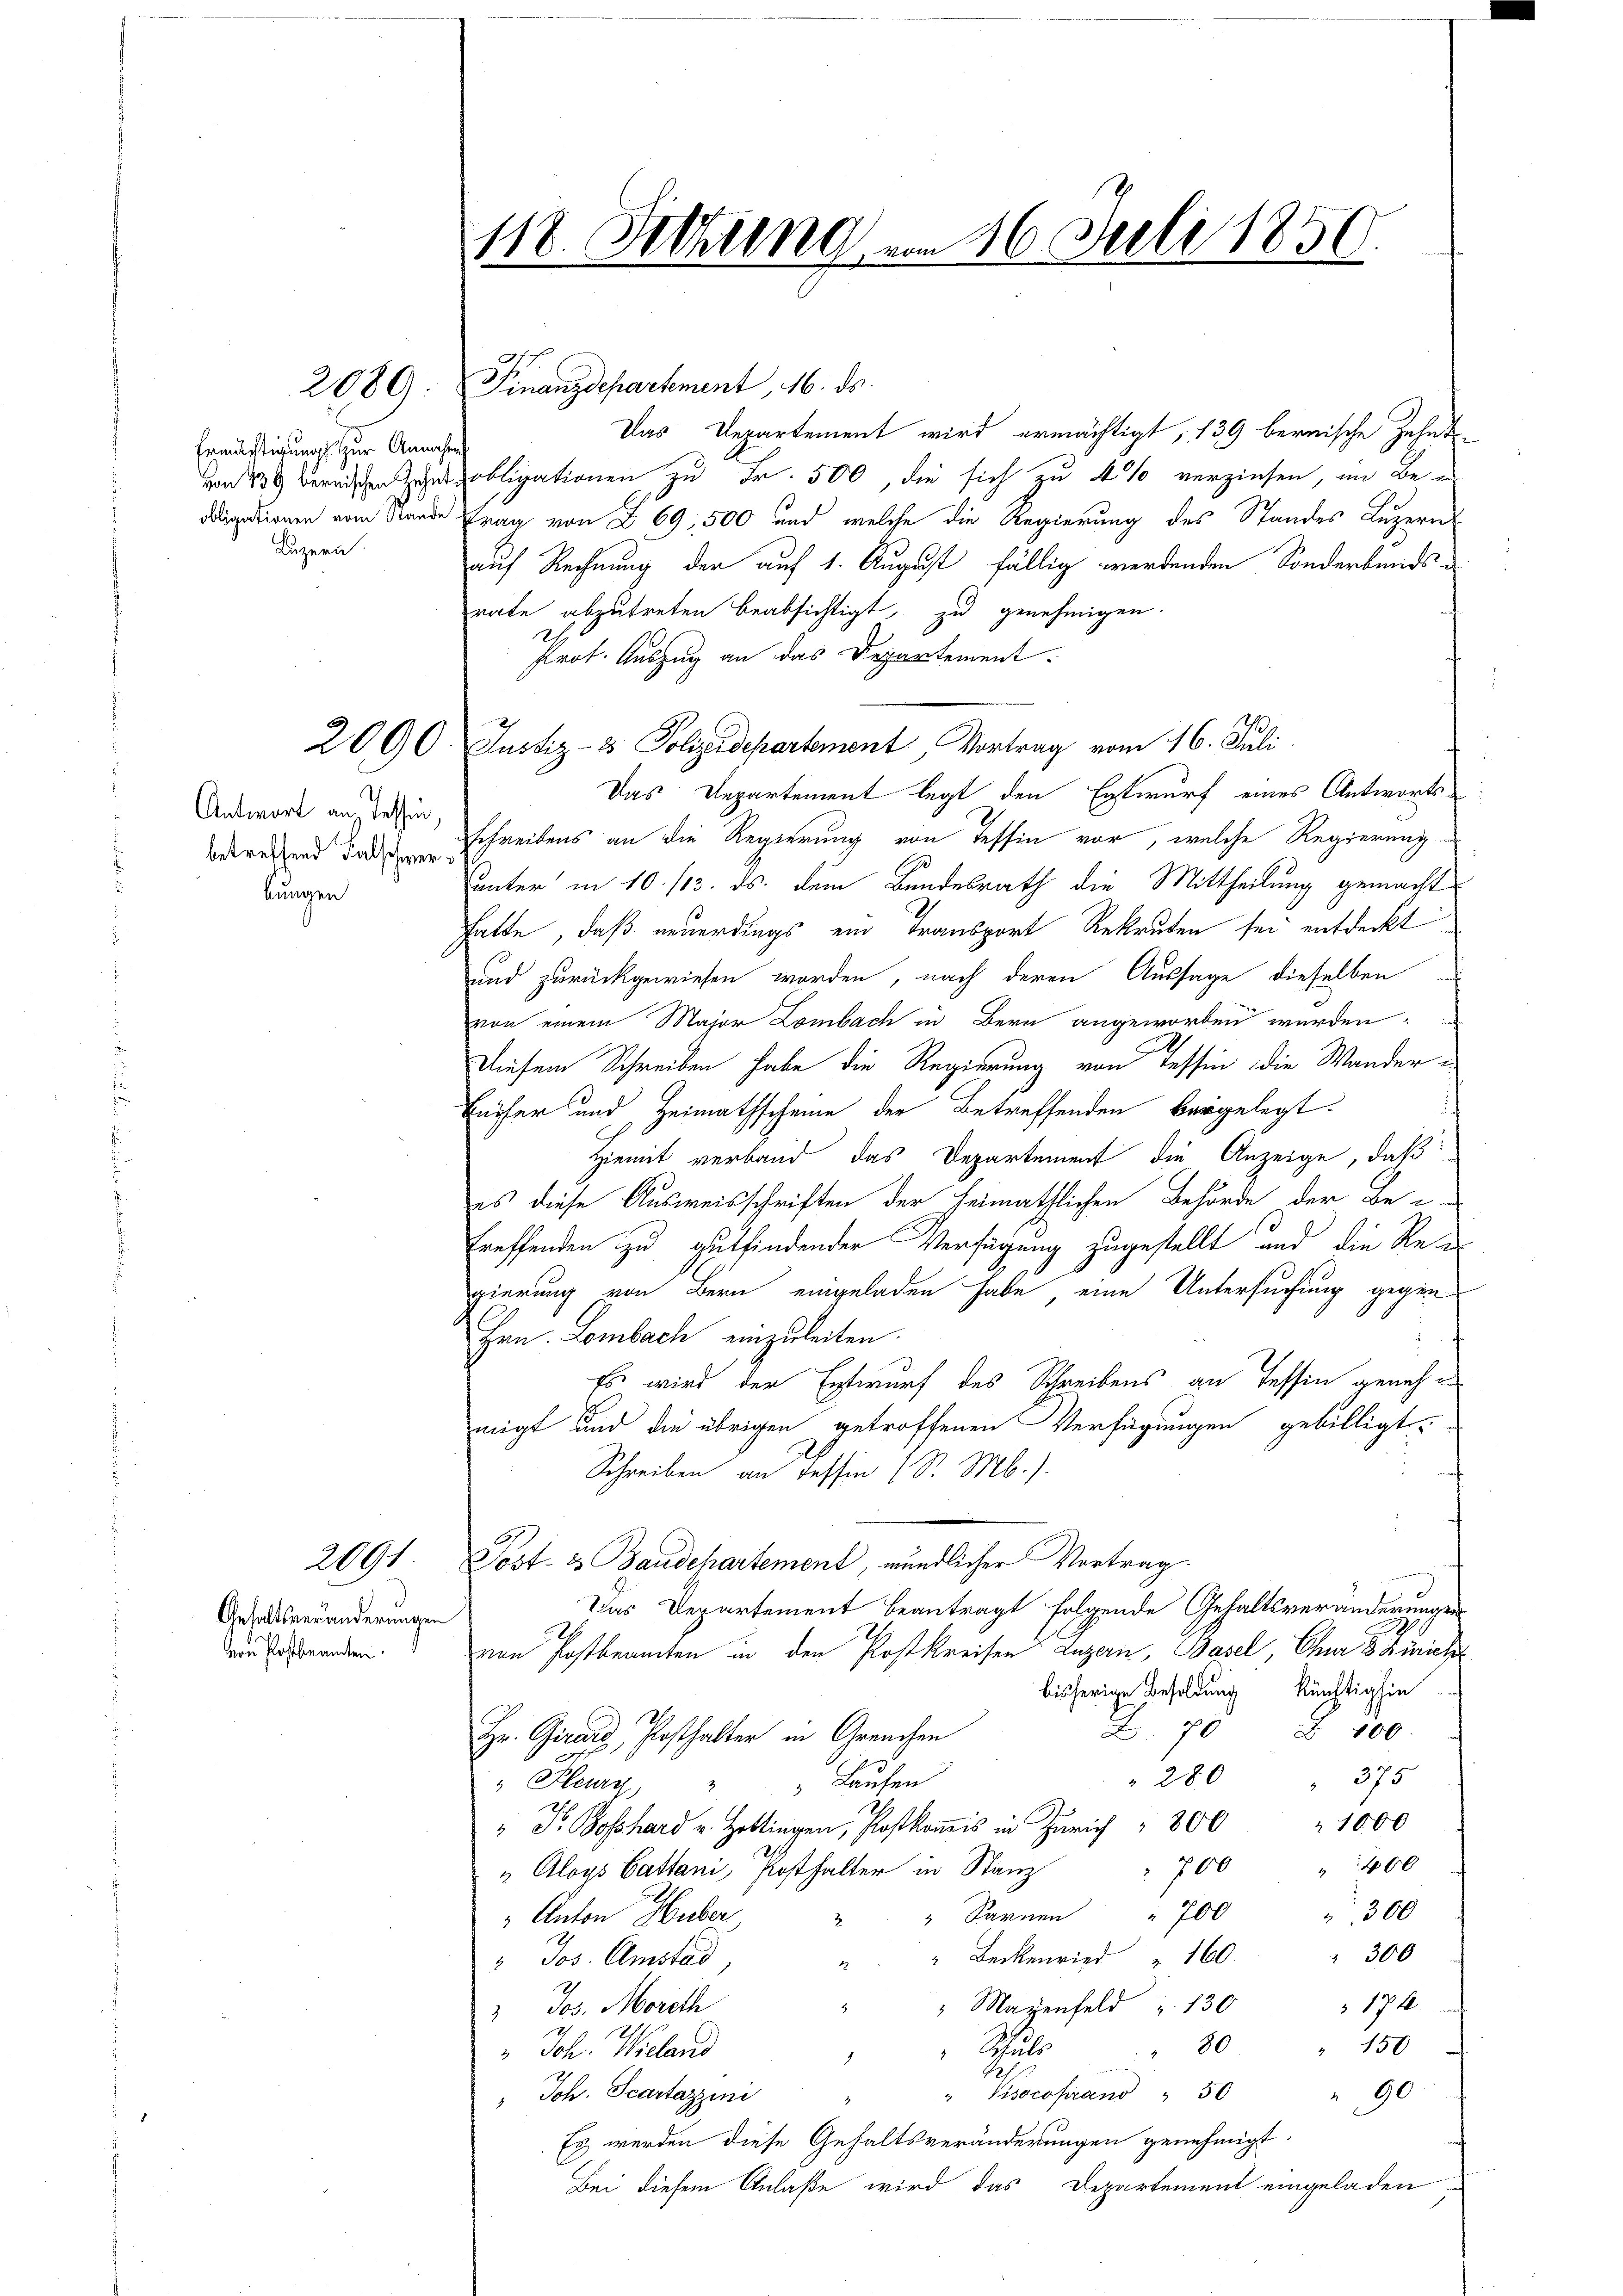
2089

Antwort aus Tessin,
betreffend Falschwer
kungen

2091

118. Setzung vom 16. Juli 1850.

Ermächtigung zur Annahe
Luzern.

Gehaltsveränderungen
von Postbeamten.

Finanzdepartement, 16. ds.
Das Departement wird ermächtigt, 139 bernische Zehnt
von obligationen zu Fr. 500, die sich zu 4% verzinsen, im Be
igationen vom Stunde Frau von § 69, 500 und welche die Regierung des Standes Luzern
auf Rechnung der auf 1. August fällig werdenden Sonderbandsrate abzutreten beabsichtigt, zu genehmigen.
Prot. Auszug an das Departement-
2000 Justiz- & Polizidepartement Vortrag vom 16. Juli
Das Departement legt den Entwurf eines Antwortsschreibens an die Regierung von Tessin vor, welche Regierung-
unter in 10. 113. ds. dem Bundesrath die Mittheilung gemacht
hatte, daß neuerdings ein Transport Rekruten sei entdeckt
und zurückgewiesen worden, nach deren Aussage dieselben
von einem Major Lombach in Bern angeworben werden
Diesem Schreiben habe die Regierung von Tessin die Wander¬
Eufer und Heimathscheine der Betreffenden bergelegt.
Hiemit verband das Departement die Anzeige, daß
es diese Ausweisschriften der heimathlichen Behörde der Be-
treffenden zu gutfindender Verfügung zugestellt und die Regierung von Bern eingeladen habe, eine Untersuchung gegen-
Hrn. Lombach einzuleiten.
Es wird der Entwurf des Schreibens an Tessin genehmigt und die übrigen getroffenen Verfügungen gebilligt,
Schreiben an Tessin 1 S. M.).
Post- & Baudchartement, mündlicher Vortrag
Das Departement beantragt folgende Gehaltsveränderungen
von Postbeamten in den Postkreisen Luzern, Basel, Cha 8 Zürich
bisherige Besoldung künftighin
Z. 78 § 100.
Hr. Girard, Posthalter in Greuchen
280
375
" Peury, " " Bauten
" hard u. Hottingen, Postkanis in Zürich 800 " 1000
400
700
" Aloys Gattani, Posthalter in Stanz
" Anton Huber " " Sarnen " 700 " 300
" " Beckenried " 160 " 300
" Jos. Amstad,
174.
2
" Mazenfeld  130
" Jos. Mordth
" 80 " 150
Schul
" Joh. Wieland
2
" Visocoprano " 50
290.
" Joh. Scartazzini
Es werden diese Gehaltsveränderungen genehmigt.
Bei diesem Anlaße wird das Departement eingeladen